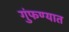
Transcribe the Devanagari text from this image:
गुंफण्यात